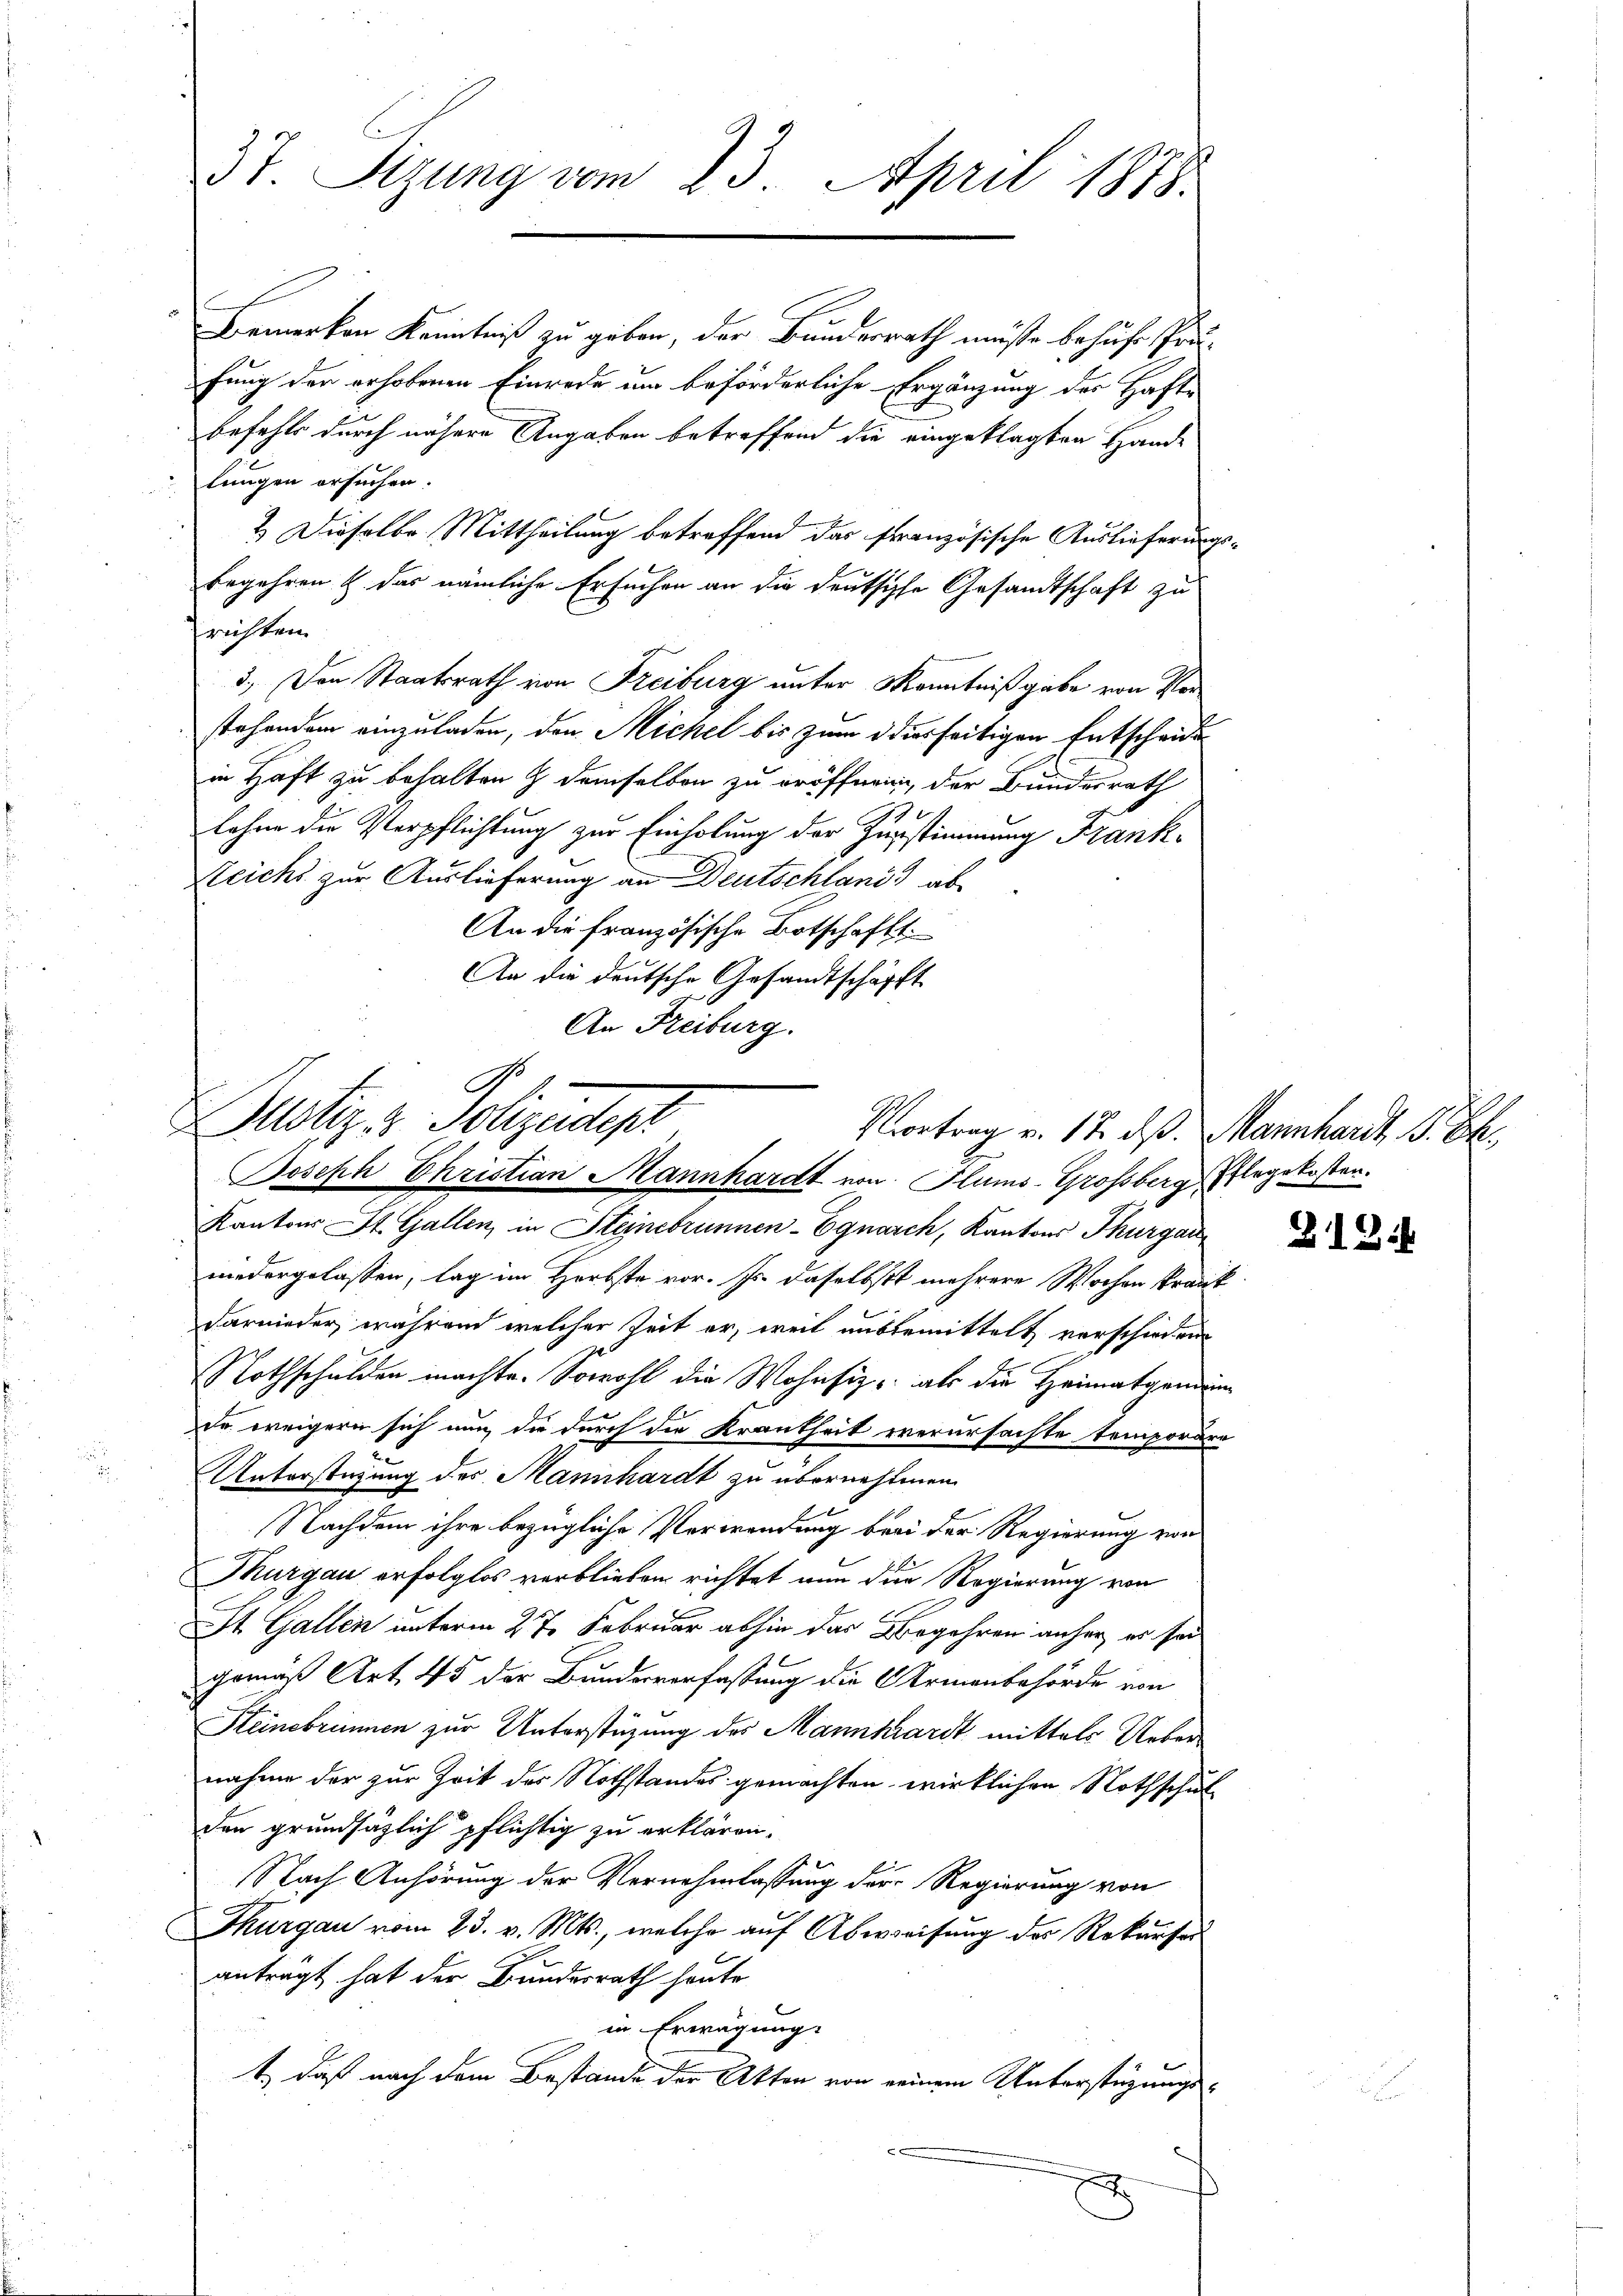
3t. Sizung vom 23. April 1878.

Bemerken Kenntniß zu geben, der Bunderrath müste behufe prufung der erhobenen Einrede um beförderliche Ergänzung der Haft-
befehls durch nähere Angaben betreffend die eingeklagten Hande
lungen ersuchen
2 Dieselbe Mittheilung betreffend das französische Auslieferungsbegehren u. das nämliche Ersuchen an die deutsche Gesandtschaft zu
richten
3.) Den Staatsrath von Freiburg unter Kenntniß gabe von Verstehendem einzuladen, den Michel bis zum diesseitigen Entscheide
in Haft zu behalten & demselben zu eröffnen, der Bundesrath
79
Lohne die Verpflichtung zur Einholung der Zerstimmung Frank¬
Reichs zur Auslieferung an Deutschland ab
An die französische Botschaft.
An die deutsche Gesandtschäfft
An Freiburg.

Potiz & Polizeitiger
Joseph Christian Mannhardt von Plums-Grossberg Pflegekosten.

Kantons St. Gallen, in Steinebrunnen-Egnarch, Kantons Thurgau
niedergelassen, lag im Herbste vor. Js. daselbst mehrere Wochen krank
darnieder, während welcher Zeit er, weil unbemittelt verschieden
Nothschulden machte. Sowohl die Wohnsiz, als die Heimatgemein
de weigern sich nun die durch die Krankheit verursachte temporäre
Unterstüzung des Mannhardt zu übernahmen.
Nachdem ihre bezügliche Verwendung bei der Regierung von
Thurgau erfolglos verblieben richtet nun die Regierung von
St. Gallen unterm 27. Februar abhin das Begehren anher es sei
gemäß Art. 45 der Bundesverfassung die Armenbehörde von
Steinebrimmen zur Unterstüzung des Mannkrardt mittels Uebernahme der zur Zeit des Nothstandes gemachten wirklichen Nothschul
den grundsätzlich pflichtig zu erklären.
NNach Anhörung der Vernehmlassung der Regierung von
Thurgau vom 23. v. Mts., welche auf Abweisung der Rekurser
anträgt hat der Bundesrath heute
in Erwägung:
t., daß nach dem Bestande der Akten von seinem Unterstüzungs¬
3

Vortrag v. 17. ds. Mannhardt, S. Eh

Z19.4